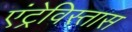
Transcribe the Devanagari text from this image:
एंट्रेविस्तास